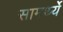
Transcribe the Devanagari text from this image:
सामर्थ्ये